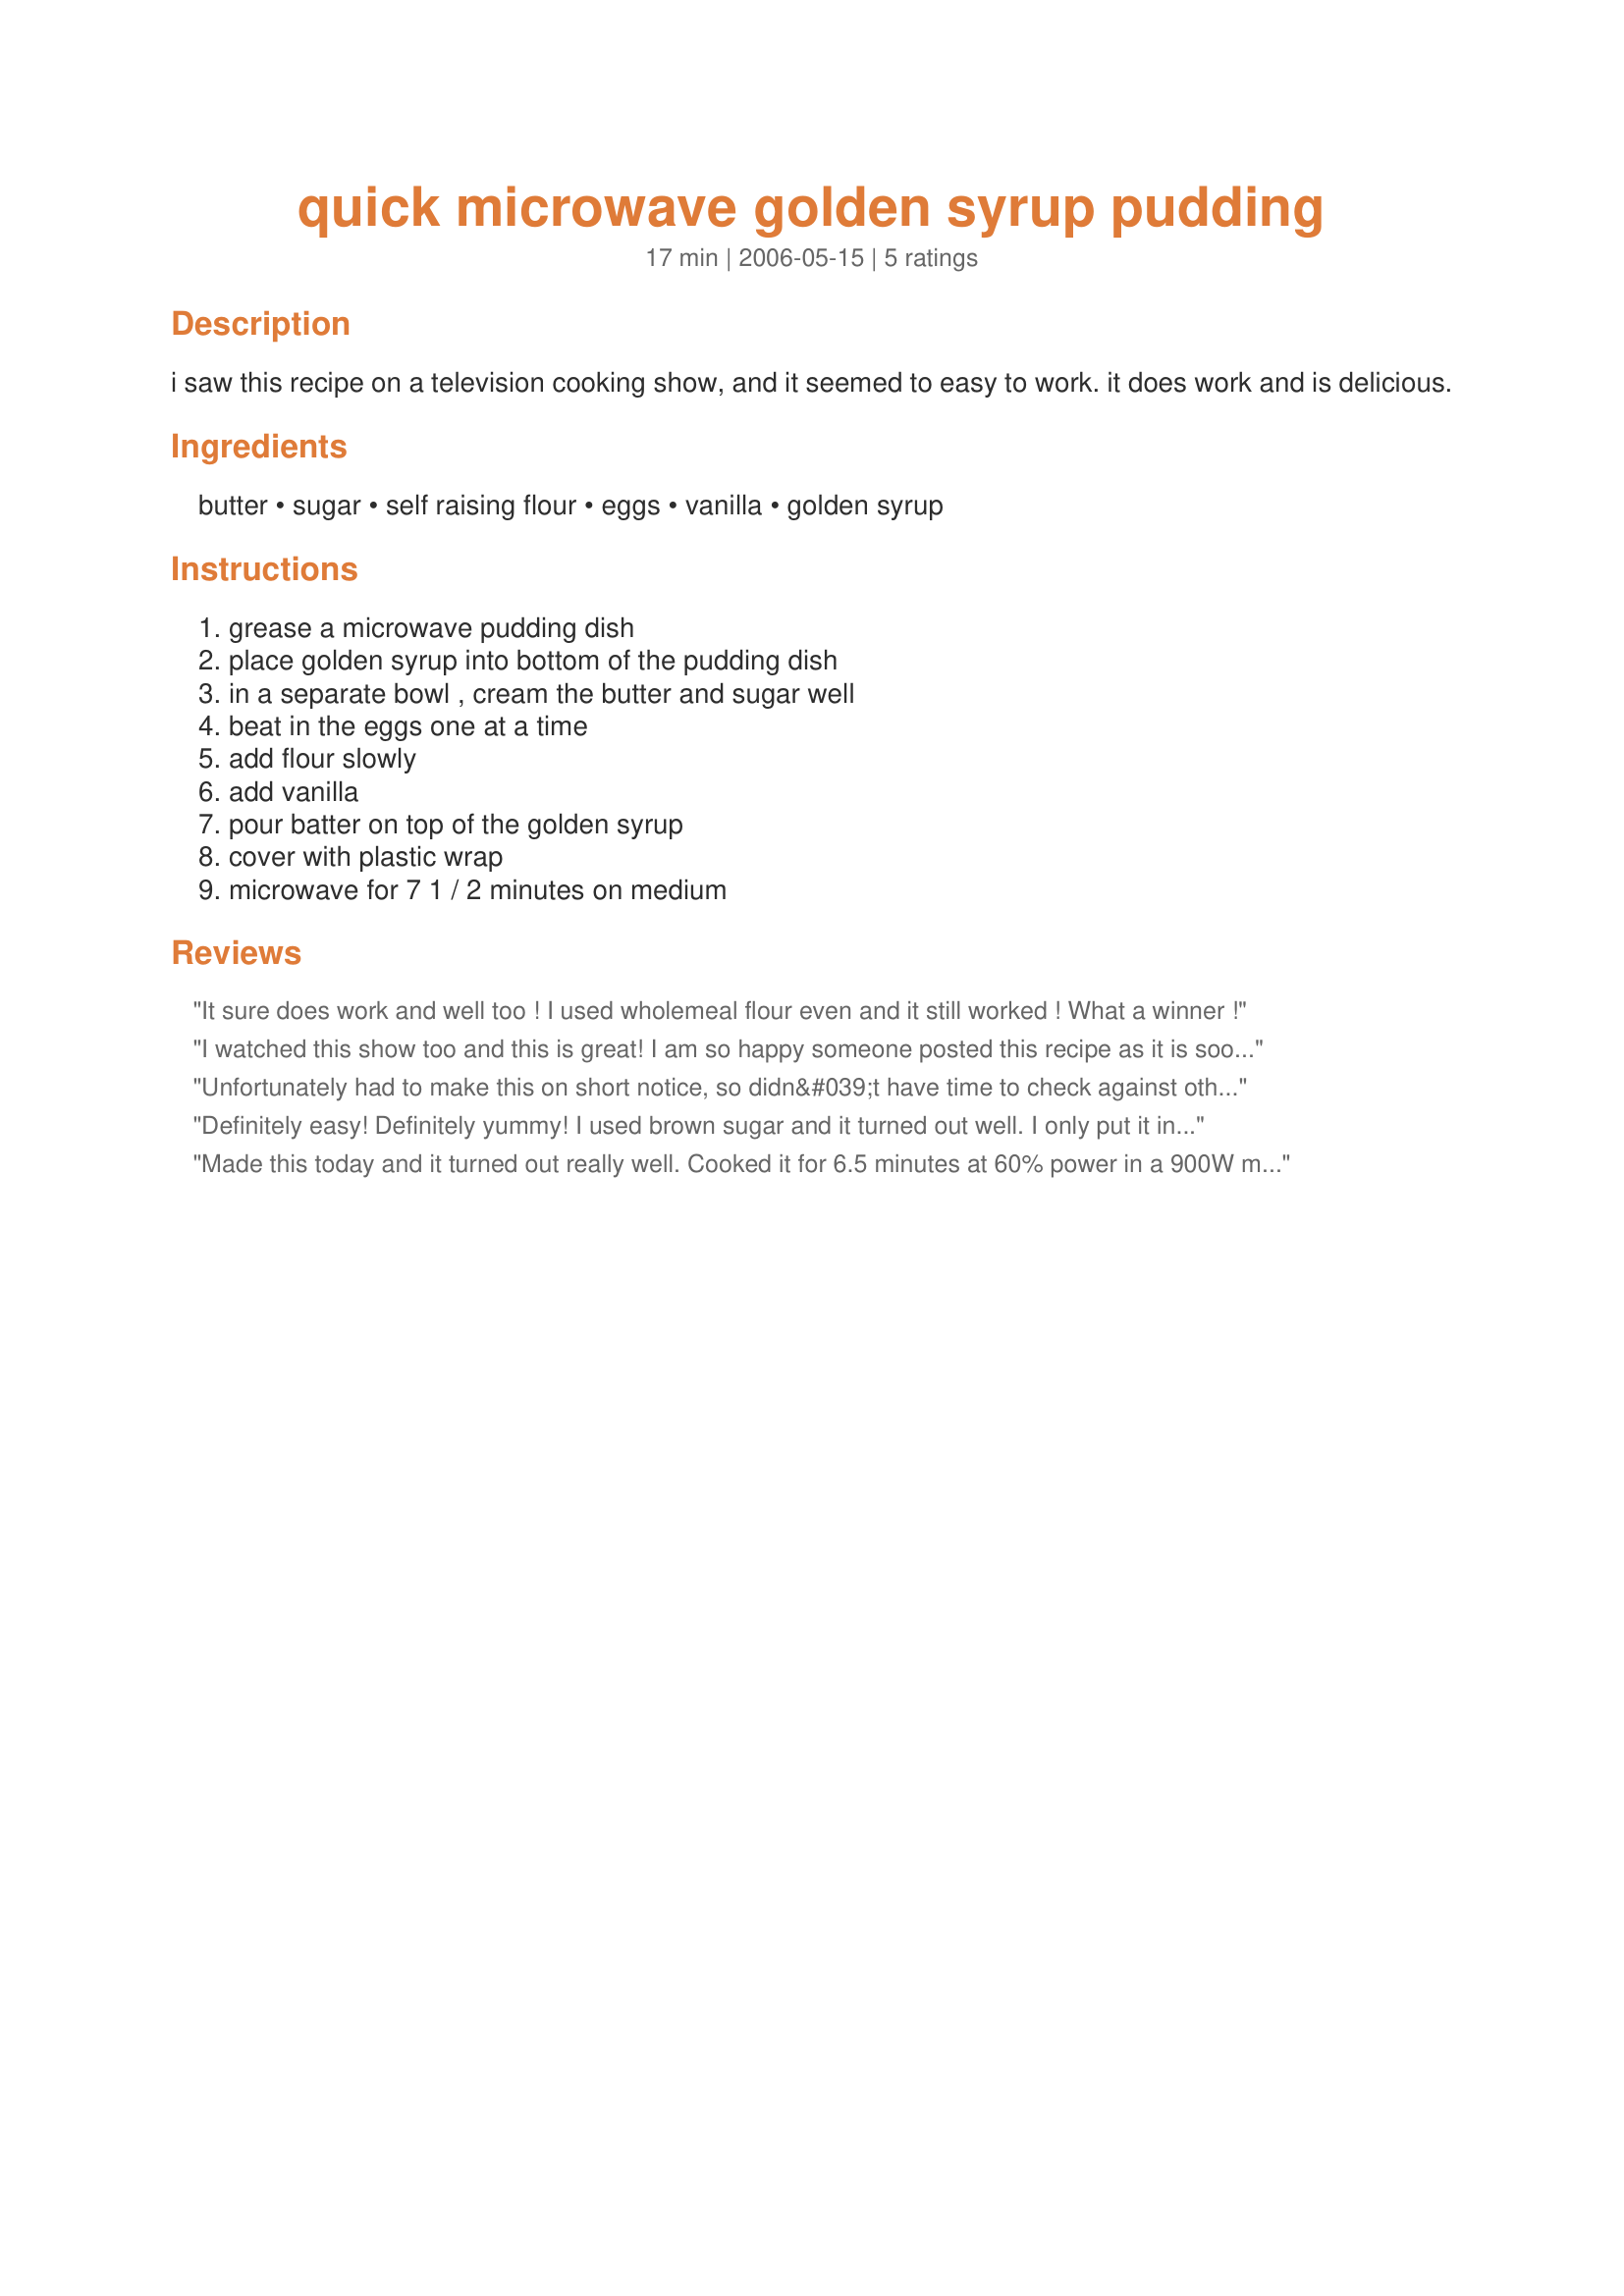
quick microwave golden syrup pudding
Preparation time: 17 minutes

i saw this recipe on a television cooking show, and it seemed to easy to work. it does work and is delicious.

Ingredients:
butter, sugar, self raising flour, eggs, vanilla, golden syrup

Steps:
grease a microwave pudding dish, place golden syrup into bottom of the pudding dish, in a separate bowl , cream the butter and sugar well, beat in the eggs one at a time, add flour slowly, add vanilla, pour batter on top of the golden syrup, cover with plastic wrap, microwave for 7 1 / 2 minutes on medium

Reviews:
It sure does work and well too ! I used wholemeal flour even and it still worked ! What a winner !
I watched this show too and this is great! I am so happy someone posted this recipe as it is soooo easy and fail proof. My 6 year old loves this with cream, so do I! Thanks for posting Rosie.
Unfortunately had to make this on short notice, so didn&#039;t have time to check against other recipes. The pudding was flat and tough. Barely rose at all. I was a little concerned at the time that there was no liquid other than the eggs. Having now looked at other recipes they all call for milk, so not sure if this was left off accidentally
Definitely easy! Definitely yummy! I used brown sugar and it turned out well. I only put it in my microwave for 5 minutes and it cooked beautifully!! Thank you so much!
Made this today and it turned out really well. Cooked it for 6.5 minutes at 60% power in a 900W microwave. Everyone loved it.
